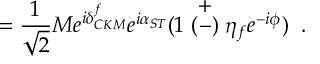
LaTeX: = \frac { 1 } { \sqrt { 2 } } M e ^ { i \delta _ { C K M } ^ { f } } e ^ { i \alpha _ { S T } } ( 1 \stackrel { \textstyle + } { ( - ) } \eta _ { f } e ^ { - i \phi } ) \; \; .